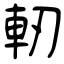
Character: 軔